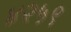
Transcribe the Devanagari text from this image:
४२५९